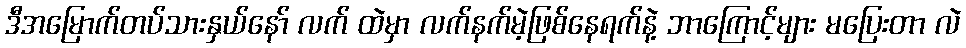
ဒီအမြောက်တပ်သားနှယ်နော် လက် ထဲမှာ လက်နက်မဲ့ဖြစ်နေရက်နဲ့ ဘာကြောင့်များ မပြေးတာ လဲ